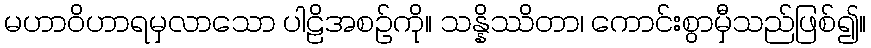
မဟာဝိဟာရမှလာသော ပါဠိအစဉ်ကို။ သန္နိဿိတာ၊ ကောင်းစွာမှီသည်ဖြစ်၍။